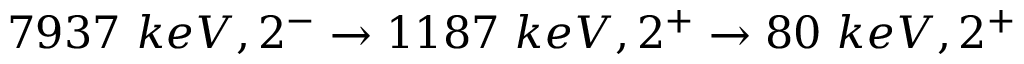
7 9 3 7 \ k e V , 2 ^ { - } \rightarrow 1 1 8 7 \ k e V , 2 ^ { + } \rightarrow 8 0 \ k e V , 2 ^ { + }